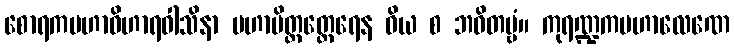
စောရကမဟာဝိဟာရဝါသိနာ မဟာမိတ္တတ္ထေရေန ဝိယ စ ဘဝိတဗ္ဗံ။ ကုရဏ္ဍကမဟာလေဏေ